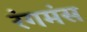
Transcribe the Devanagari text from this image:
रंगमंस